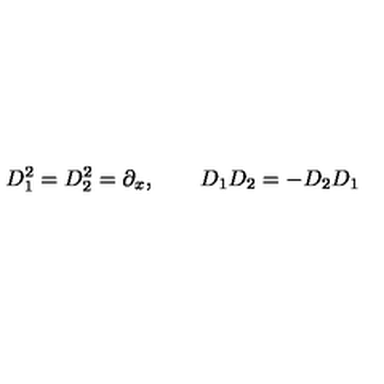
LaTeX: D _ { 1 } ^ { 2 } = D _ { 2 } ^ { 2 } = \partial _ { x } , \qquad D _ { 1 } D _ { 2 } = - D _ { 2 } D _ { 1 }